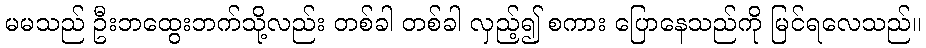
မမသည် ဦးဘထွေးဘက်သို့လည်း တစ်ခါ တစ်ခါ လှည့်၍ စကား ပြောနေသည်ကို မြင်ရလေသည်။